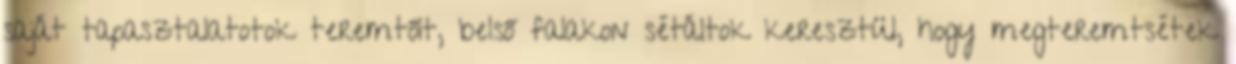
saját tapasztalatotok teremtőit, belső falakon sétáltok keresztül, hogy megteremtsétek